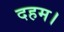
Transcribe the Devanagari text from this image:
दहम।